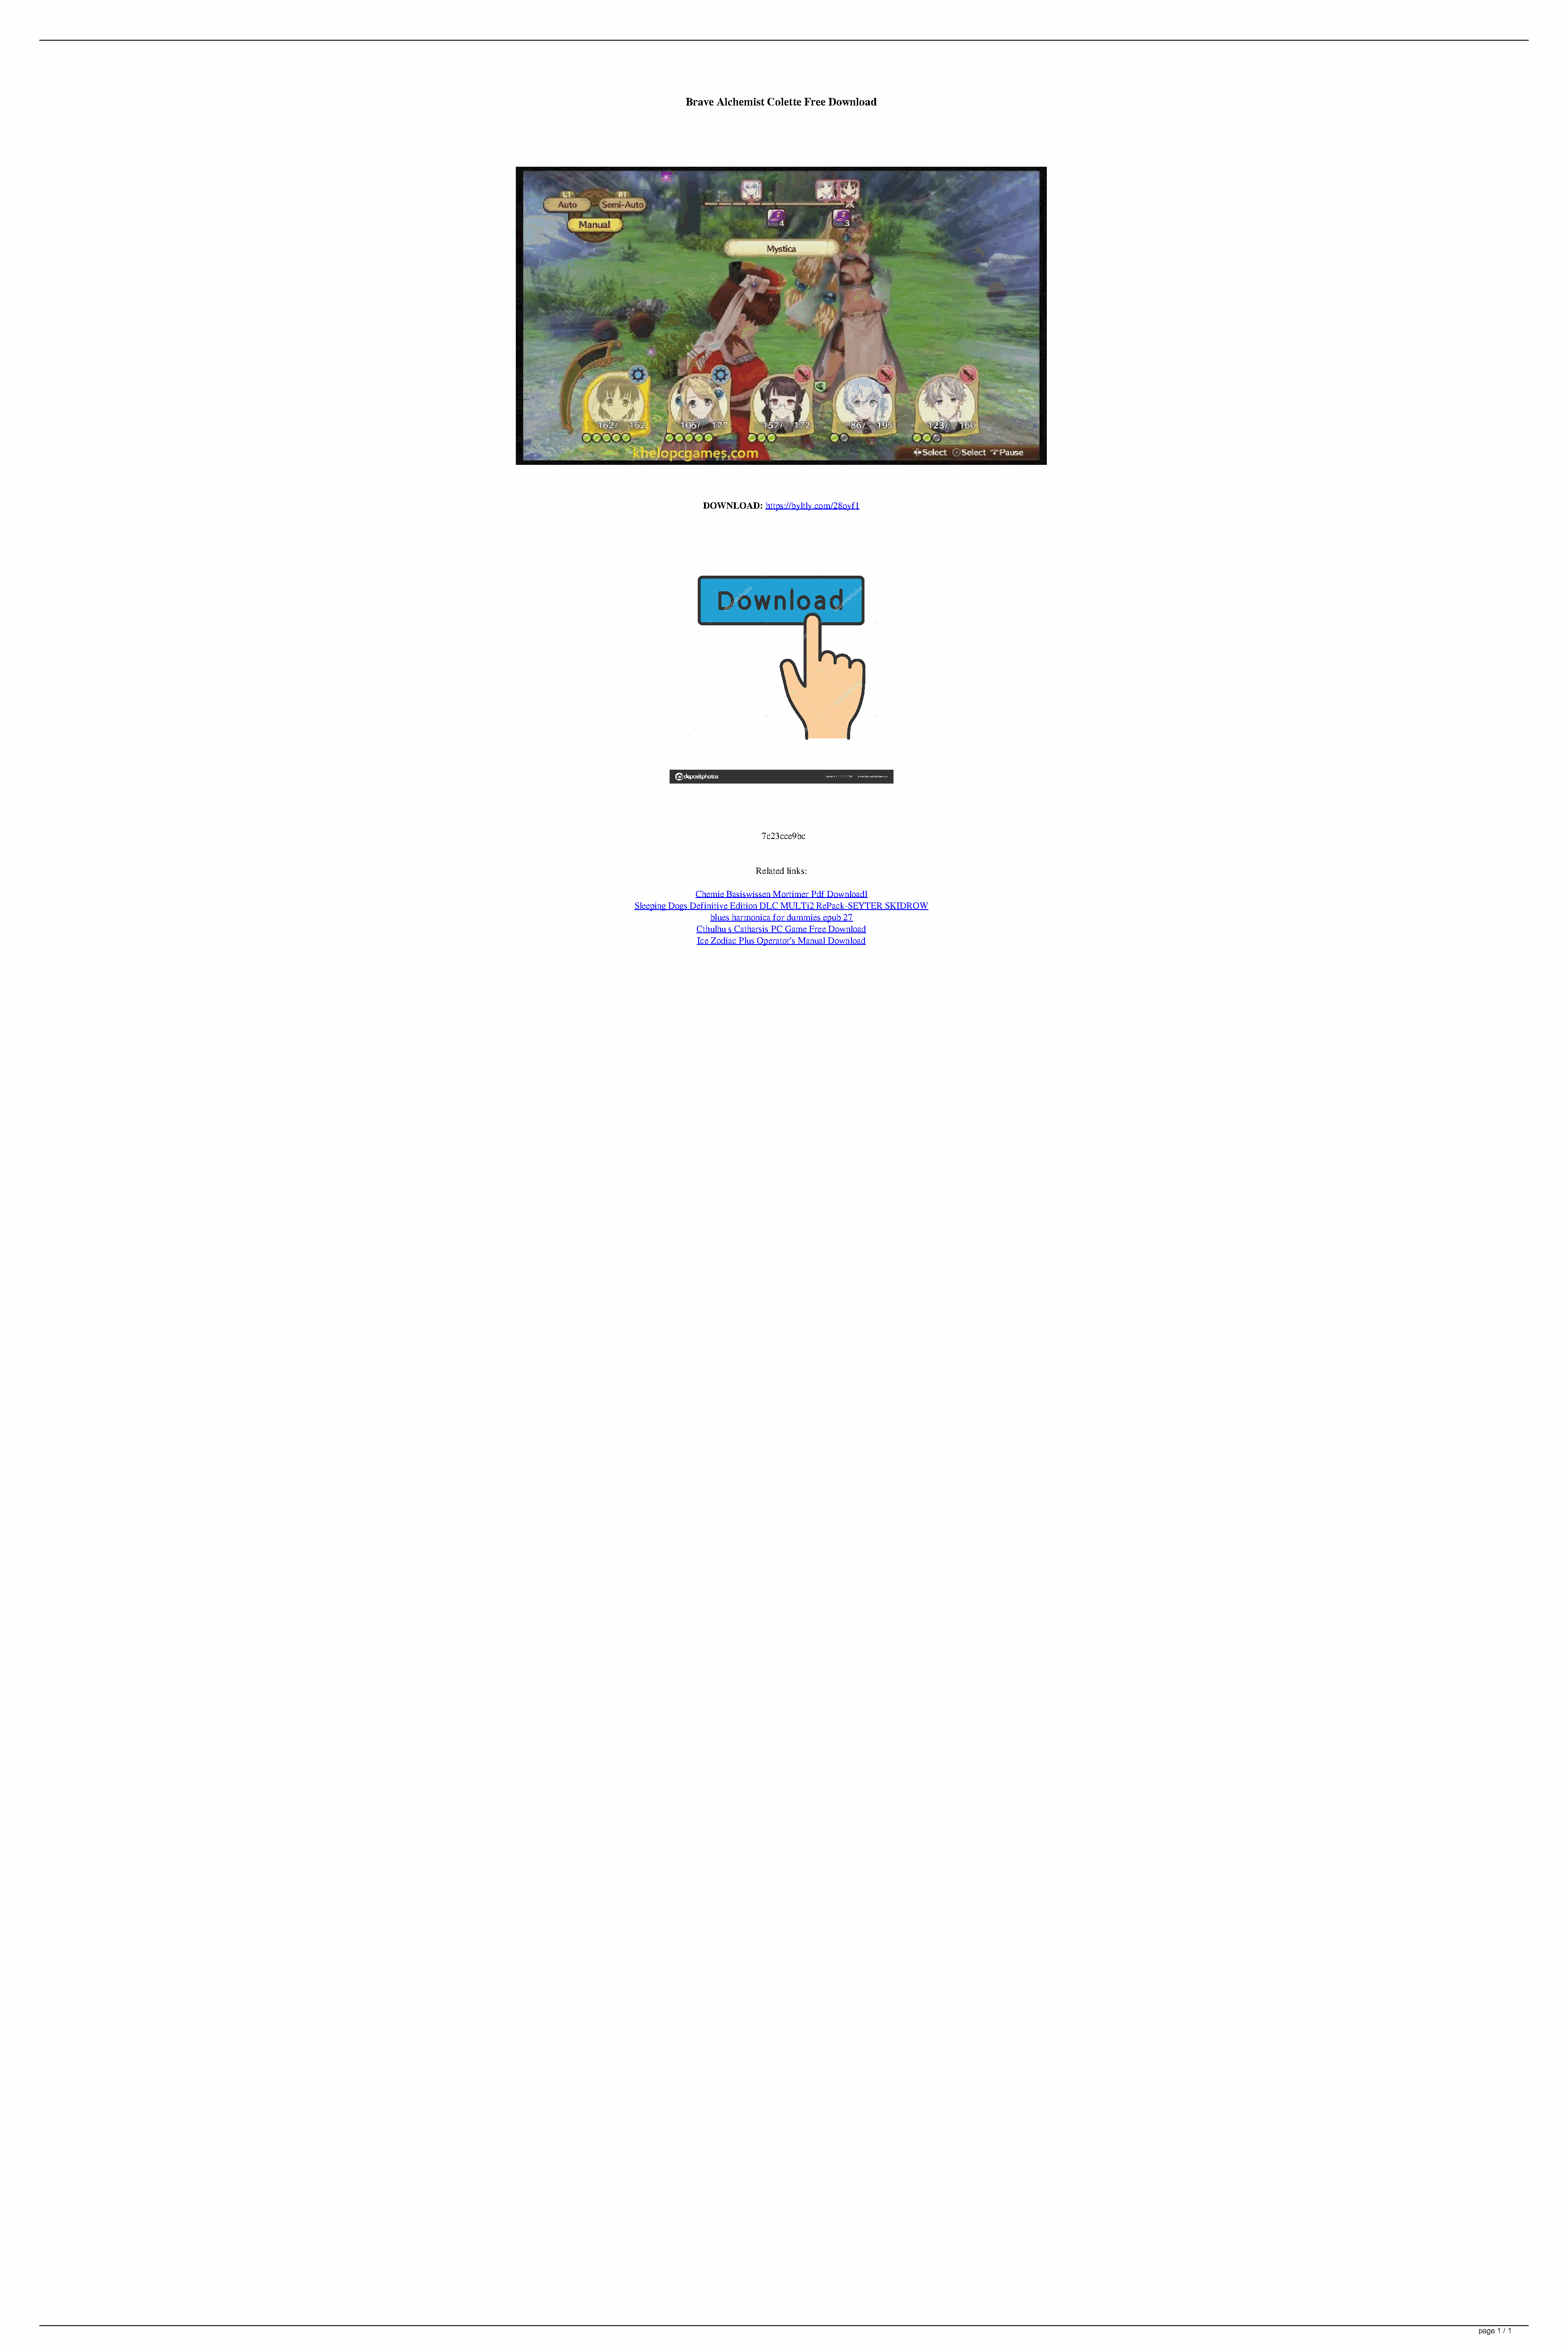
Brave Alchemist Colette Free Download
 DOWNLOAD: https://byltly.com/28oyf1
 7c23cce9bc
 Related links:
 Chemie Basiswissen Mortimer Pdf Downloadl
 Sleeping Dogs Definitive Edition DLC MULTi2 RePack-SEYTER SKIDROW
 blues harmonica for dummies epub 27
 Cthulhu s Catharsis PC Game Free Download
 Ice Zodiac Plus Operator's Manual Download
 page 1 / 1
 Brave Alchemist Colette Free Download